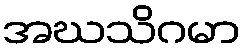
အဃသိဂမာ